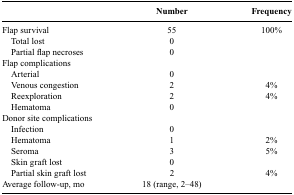
|  | Number | Frequency |
 | --- | --- | --- |
 | Flap survival | 55 | 100% |
 | Total lost | 0 |  |
 | Partial flap necroses | 0 |  |
 | Flap complications |  |  |
 | Arterial | 0 |  |
 | Venous congestion | 2 | 4% |
 | Reexploration | 2 | 4% |
 | Hematoma | 0 |  |
 | Donor site complications |  |  |
 | Infection | 0 |  |
 | Hematoma | 1 | 2% |
 | Seroma | 3 | 5% |
 | Skin graft lost | 0 |  |
 | Partial skin graft lost | 2 | 4% |
 | Average follow-up, mo | 18 (range, 2–48) |  |